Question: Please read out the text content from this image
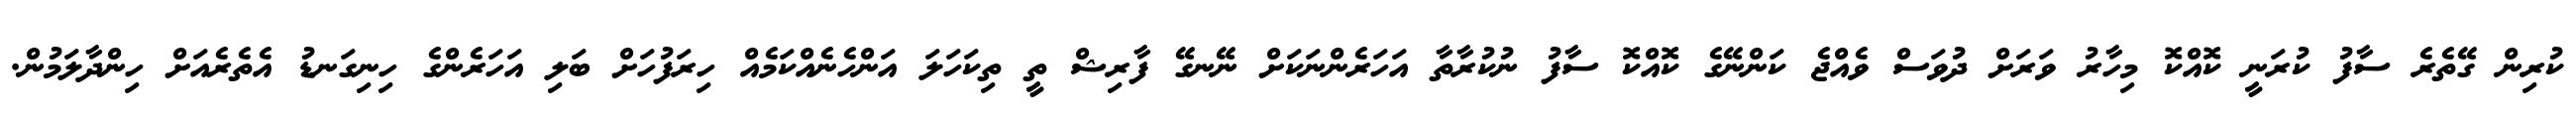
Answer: ކުރިން ގޭތެރެ ސާފު ކުރަނީ ކޮއްކޮ މިހާރު ވަރަށް ދުވަސް ވެއްޖެ ކަންނޭގެ ކޮއްކޮ ސާފު ނުކުރާތާ އަހަރެންނަކަށް ނޭނގޭ ފާރިޝް ތީ ތިކަހަލަ އަންހެނެއްކަމެއް ހިރަފުހަށް ބަލި އަހަރެންގެ ހިނިގަނޑު އެތެރެއަށް ހިންދާލަމުން.